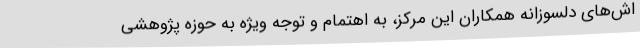
اش‌های دلسوزانه همکاران این مرکز، به اهتمام و توجه ویژه به حوزه پژوهشی